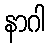
နာဂါ